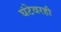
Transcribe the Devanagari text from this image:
घंटेवरही